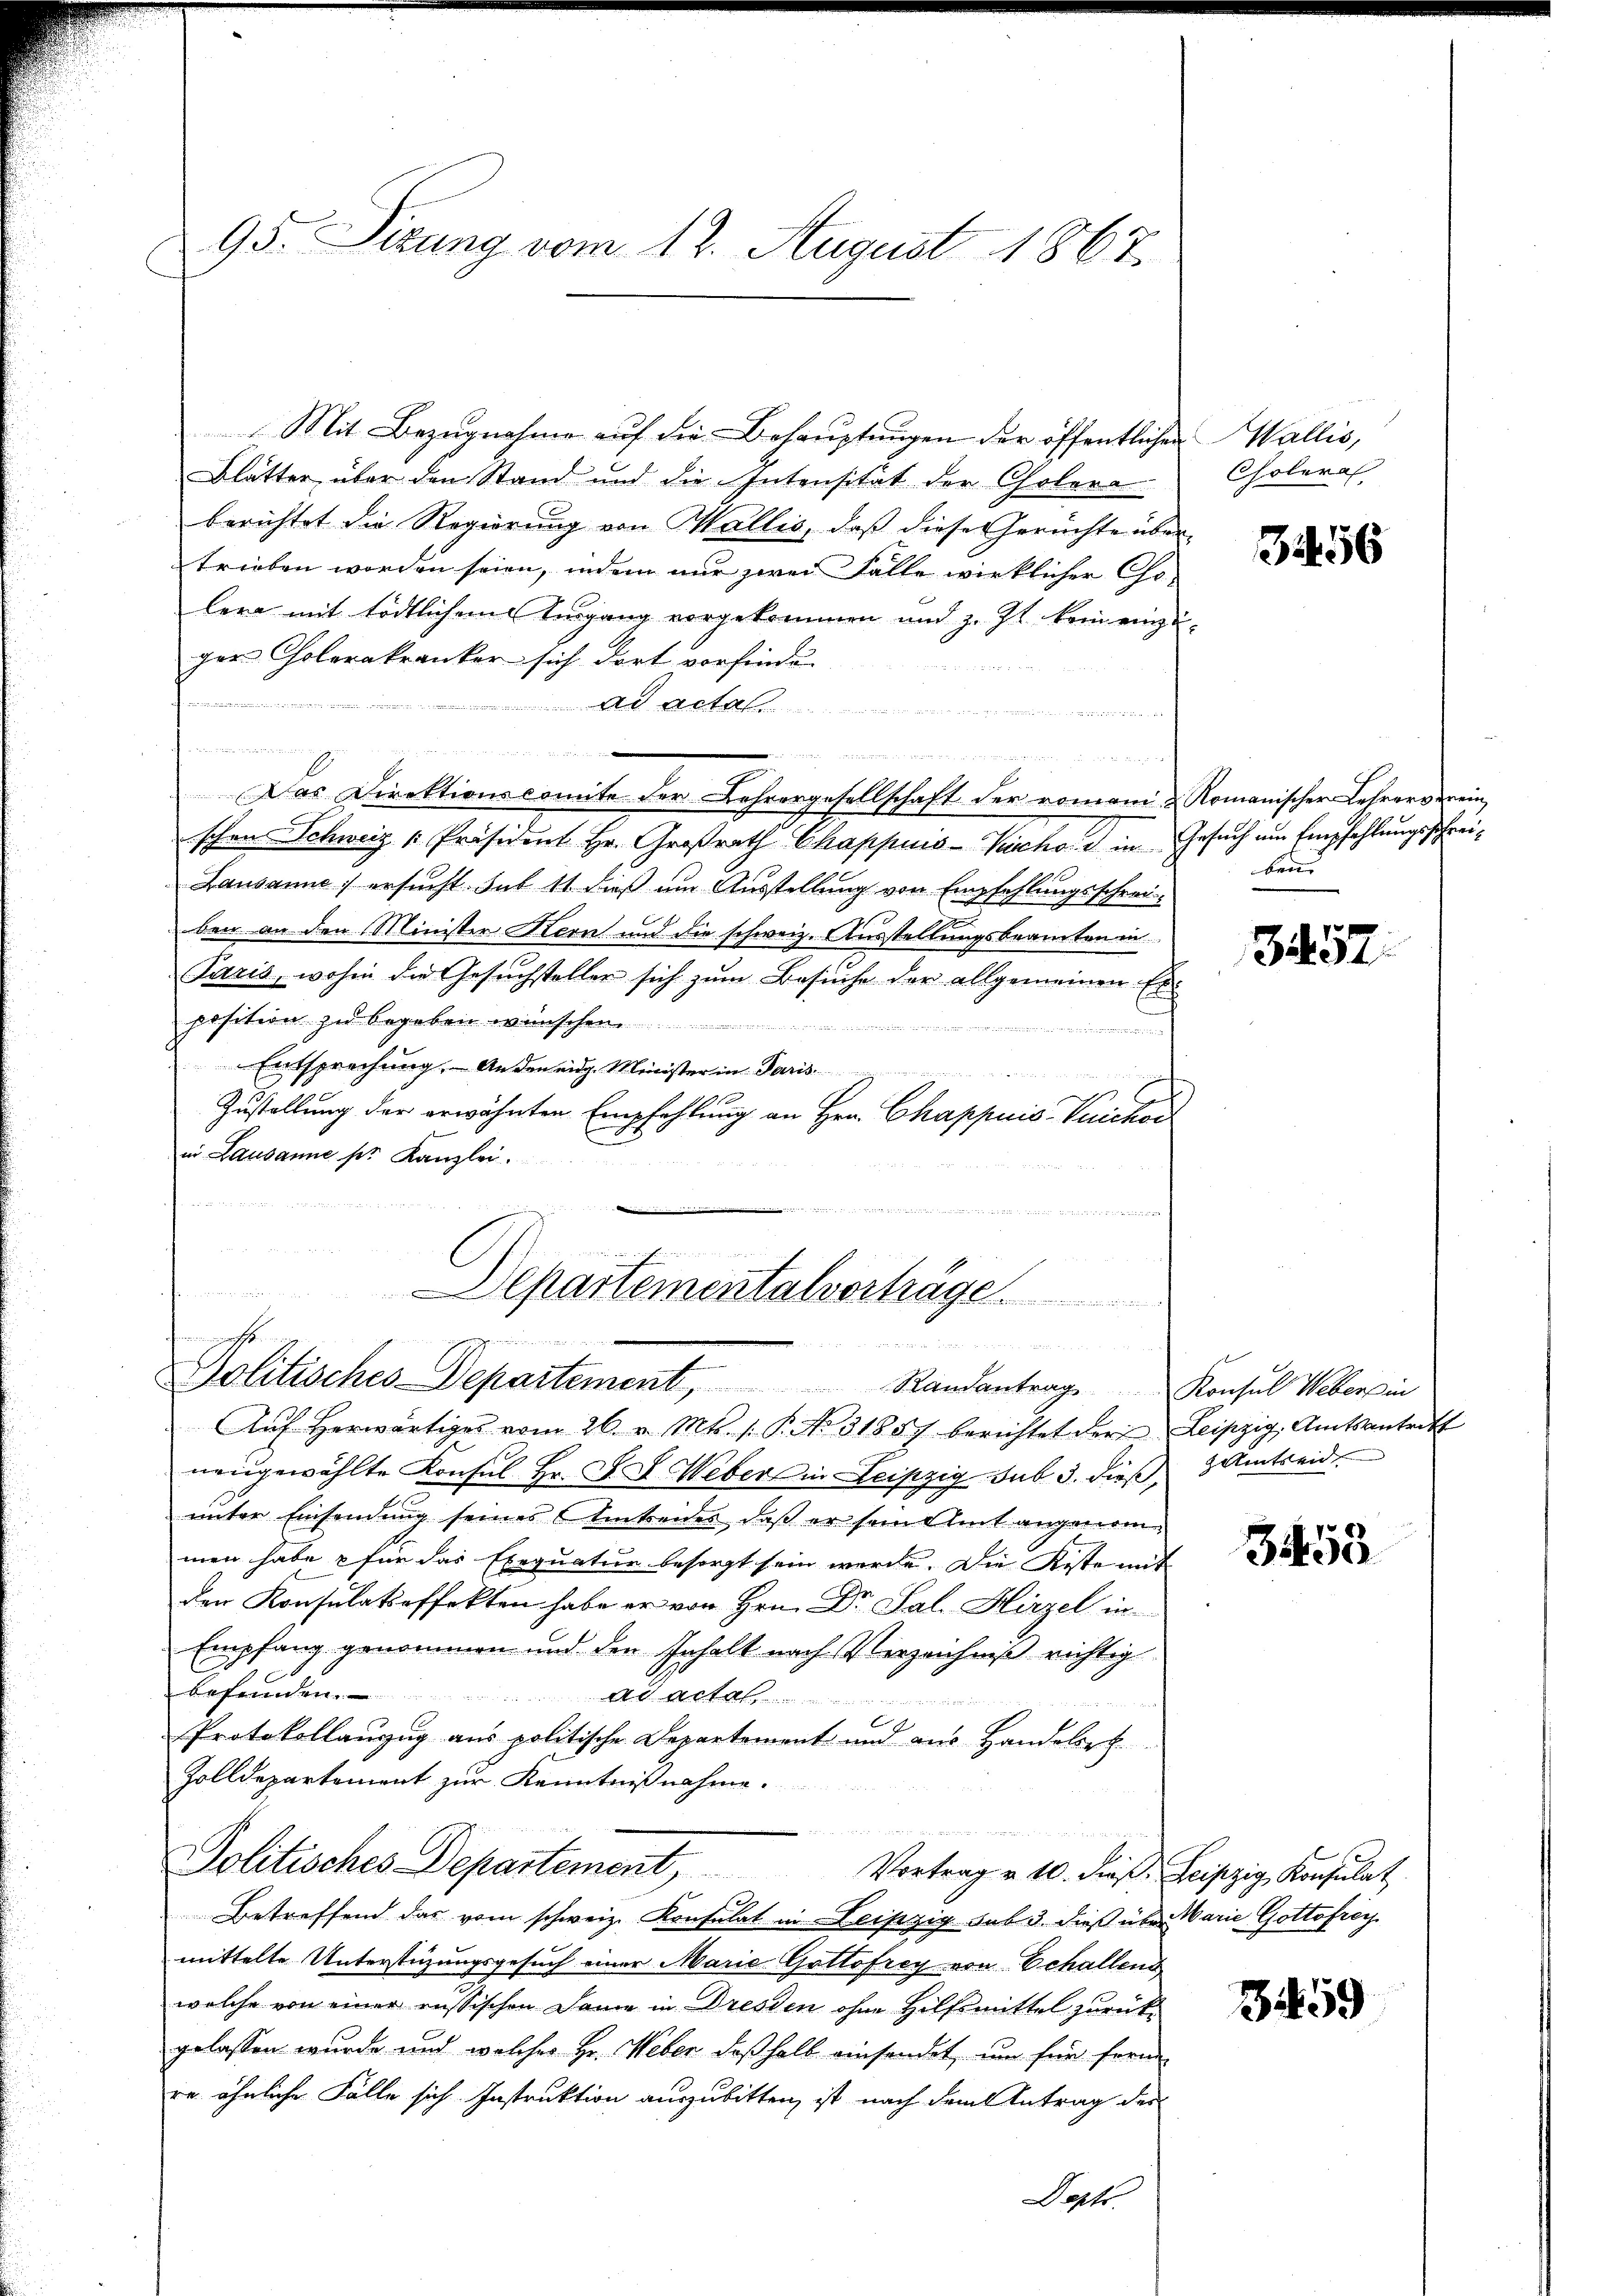
95. Sitzung vom 12. August 1867.

Mit Bezugnahme auf die Behauptungen der öffentliche
Blätter über den Stand und die Intensität der Cholera
berichtet die Regierung von Wallis, daß diese Gerüchte übe
trieben worden seien, indem nur zwei Falle wirklicher Co
lera mit tödtlichem Eingang vorgekommen und z. Zt. kein einz
ger Cholerakranker sich dort vorfinde.
   12 Ma
e Aenden und er
.

ee deren in einen eine und ich in der an der den Man es
Das Direktionscomite der Lehrergesellschaft der romani & Romanischer Lehrervereinschen Schweiz [Präsident Hr. Großrath Chappuis-Vischon in Gesuch um Empfehlungsschrei¬
Lausanne) ersucht sub 11 dieß um Ausstellung von Empfehlungsschreiben an den Minister Kern und die schweiz. Ausstellungsbeamten in
Paris, wohin die Gesuchsteller sich zum Besuche der allgemeinen Er
position zu begeben wünschen
n
Entsprechung. Anden eidg. Minister in Paris
n
Zustellung der erwähnten Empfehlung an Hrn. Chappuis, Vuichon
in Lausanne der Kanzlei.

r
un die nicht
Departementalverträge

imi
Politisches Departement,
Aŭf herwärtiges vom 26. v. Mts. 1. P. N. 31857 berichtet der Leipzig, Amtsantriff
neugewählte Konsul Hr. F. L. Weber in Leipzig sub 3. dieß & Amtseid
unter Einsendung seines Amtreides, daß er sein Amt angenommen habe & für das Exequatur besorgt sein werde. Die Koste mit
den Konsulatsoffekten habe er von Hrn. Dr. Sal. Hirzel in
Empfang genommen und den Inhalt nach Verzeichniß richtig
befunden. ad acta
x
Protokollauszug aus politische Departement und aus Handelsre
Zolldepartement zur Kenntnißnahme.
.
Politisches Departement,
Vortrag u. 10. dieβ. Leipzig Konsulat
e
Betreffend das vom schweiz. Konsulat in Leipzig sub 3. dieß über Marie Gottofrey
mittelte Unterstüzungsgesuch einer Marie Gattofrey von Echallend
welche von einer russischen Dame in Dresden ohne Hilfsmittel zurückgelassen wurde und welcher Hr. Weber deßhalb einsendet, um für fern
re ähnliche Fälle sich Instruktion auszubitten, ist nach dem Antrag des
Dept.

Wallis,
Choleral

3556

ben

3457.

Randantrag Konsul Webers in

353

3459